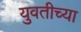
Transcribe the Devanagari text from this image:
युवतीच्या